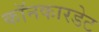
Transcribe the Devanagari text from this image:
कॉनकारडेट